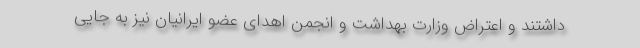
داشتند و اعتراض وزارت بهداشت و انجمن اهدای عضو ایرانیان نیز به جایی